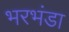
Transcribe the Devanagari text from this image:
भरभंडा